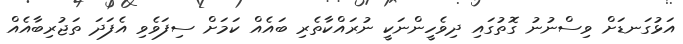
އަޅުގަނޑަށް ވިސްނުނު ގޮތުގައި ދިވެހީންނަކީ ނުރައްކާތެރި ބައެއް ކަމަށް ސިފަވެވި އެފަދަ ތަޖުރިބާއެއް